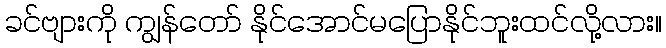
ခင်ဗျားကို ကျွန်တော် နိုင်အောင်မပြောနိုင်ဘူးထင်လို့လား။